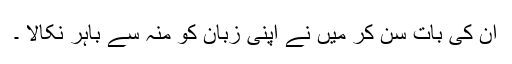
ان کی بات سن کر میں نے اپنی زبان کو منہ سے باہر نکالا ۔